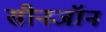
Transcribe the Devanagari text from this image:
सीनजॉन